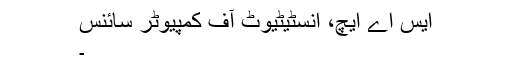
ایس اے ایچ، انسٹیٹیوٹ آف کمپیوٹر سائنس
۔